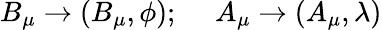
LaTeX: B_{\mu}\rightarrow(B_{\mu},\phi);~~~~~A_{\mu}\rightarrow(A_{\mu},\lambda)